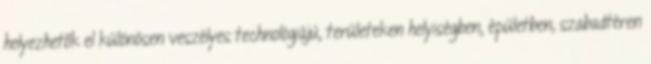
helyezhetõk el különösen veszélyes technológiájú, területeken helyiségben, épületben, szabadtéren